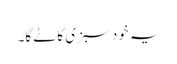
یہ خود سبزی کاٹے گا۔